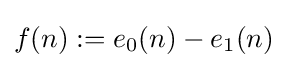
f(n):=e_{0}(n)-e_{1}(n)